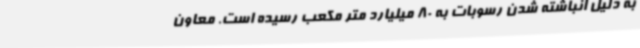
به دلیل انباشته شدن رسوبات به 80 میلیارد متر مکعب رسیده است. معاون